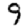
Digit: 9